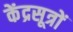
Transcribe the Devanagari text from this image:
केंद्रसूत्रों